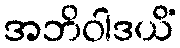
အဘိဝါဒယိံ